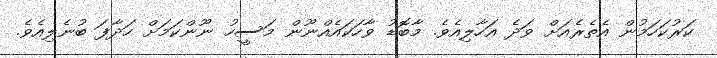
ކަރުކަހަމުން އެތެރެއަށް ވަދެ އަހާލިއެވެ. މާބޮޑު ވާހަކައެއްނޫން މަސީހު ނޫންކަމަށް ހަދާފަ ބުނެލިއެވެ.